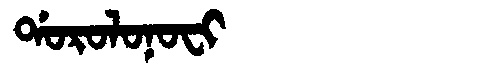
Manchu: ᡩᠣᡵᠣᠯᠣᠨᠣᠸᡳ
Romanization: DOROLONOFI